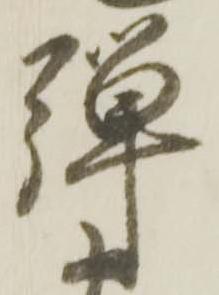
騨